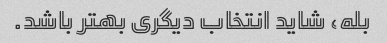
بله، شاید انتخاب دیگری بهتر باشد.